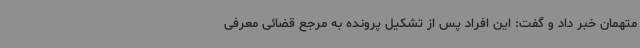
متهمان خبر داد و گفت: این افراد پس از تشکیل پرونده به مرجع قضائی معرفی